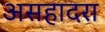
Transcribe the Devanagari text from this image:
असहादरा